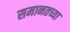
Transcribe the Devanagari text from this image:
समानतच्या